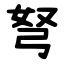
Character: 弩